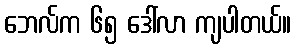
ဘေလ်က ၆၅ ဒေါ်လာ ကျပါတယ်။